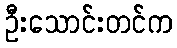
ဦးသောင်းတင်က